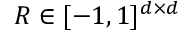
R \in [ - 1 , 1 ] ^ { d \times d }